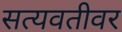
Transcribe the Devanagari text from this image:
सत्यवतीवर